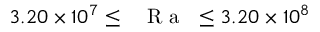
3 . 2 0 \times 1 0 ^ { 7 } \leq \mathrm { ~ \textit ~ { ~ R ~ a ~ } ~ } \leq 3 . 2 0 \times 1 0 ^ { 8 }